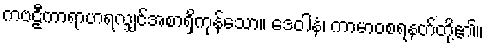
ကဗဠီကာရာဟရလျှင်အစာရှိကုန်သော။ ဒေဝါနံ၊ ကာမာဝစရနတ်တို့၏။